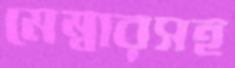
মেম্বারসহ